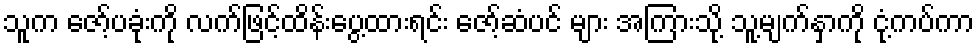
သူက ဇော့်ပခုံးကို လက်ဖြင့်ထိန်းပွေ့ထားရင်း ဇော့်ဆံပင် များ အကြားသို့ သူ့မျက်နှာကို ငုံ့ကပ်ကာ